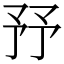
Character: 㐨